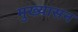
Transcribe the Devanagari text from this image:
मुख्यासन